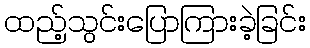
ထည့်သွင်းပြောကြားခဲ့ခြင်း